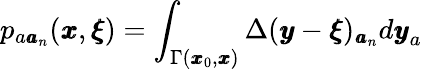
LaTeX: p_{a{\pmb a}_{n}}({\pmb x},{\pmb\xi})=\int_{\Gamma({\pmb x}_{0},{\pmb x})}\Delta({\pmb y}-{\pmb\xi})_{{\pmb a}_{n}}d{\pmb y}_{a}